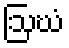
ဩဃံ